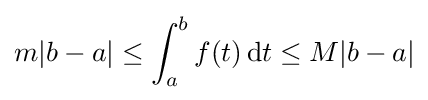
m|b-a|\leq \int _{a}^{b}f(t)\,\mathrm {d} t\leq M|b-a|